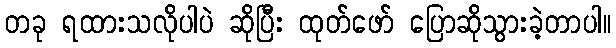
တခု ရထားသလိုပါပဲ ဆိုပြီး ထုတ်ဖော် ပြောဆိုသွားခဲ့တာပါ။